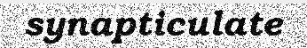
synapticulate